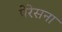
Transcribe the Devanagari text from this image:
पेरेसना